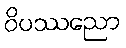
ဝိပဿညော